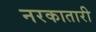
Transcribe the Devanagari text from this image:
नरकातारी